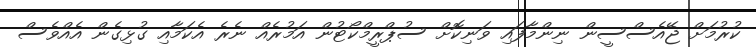
ކުރުމަށް ޖޭއެސްސީން ނިންމާފައި ވަނިކޮށް ސުޕްރީމްކޯޓުން އަމުރެއް ނެރެ އެކަމާއި ގުޅިގެން އެއްވެސް